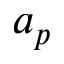
a _ { p }